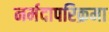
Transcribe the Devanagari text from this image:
नर्मदापरिक्रमा